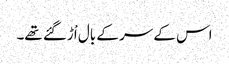
اس کے سر کے بال اْڑگئے تھے۔